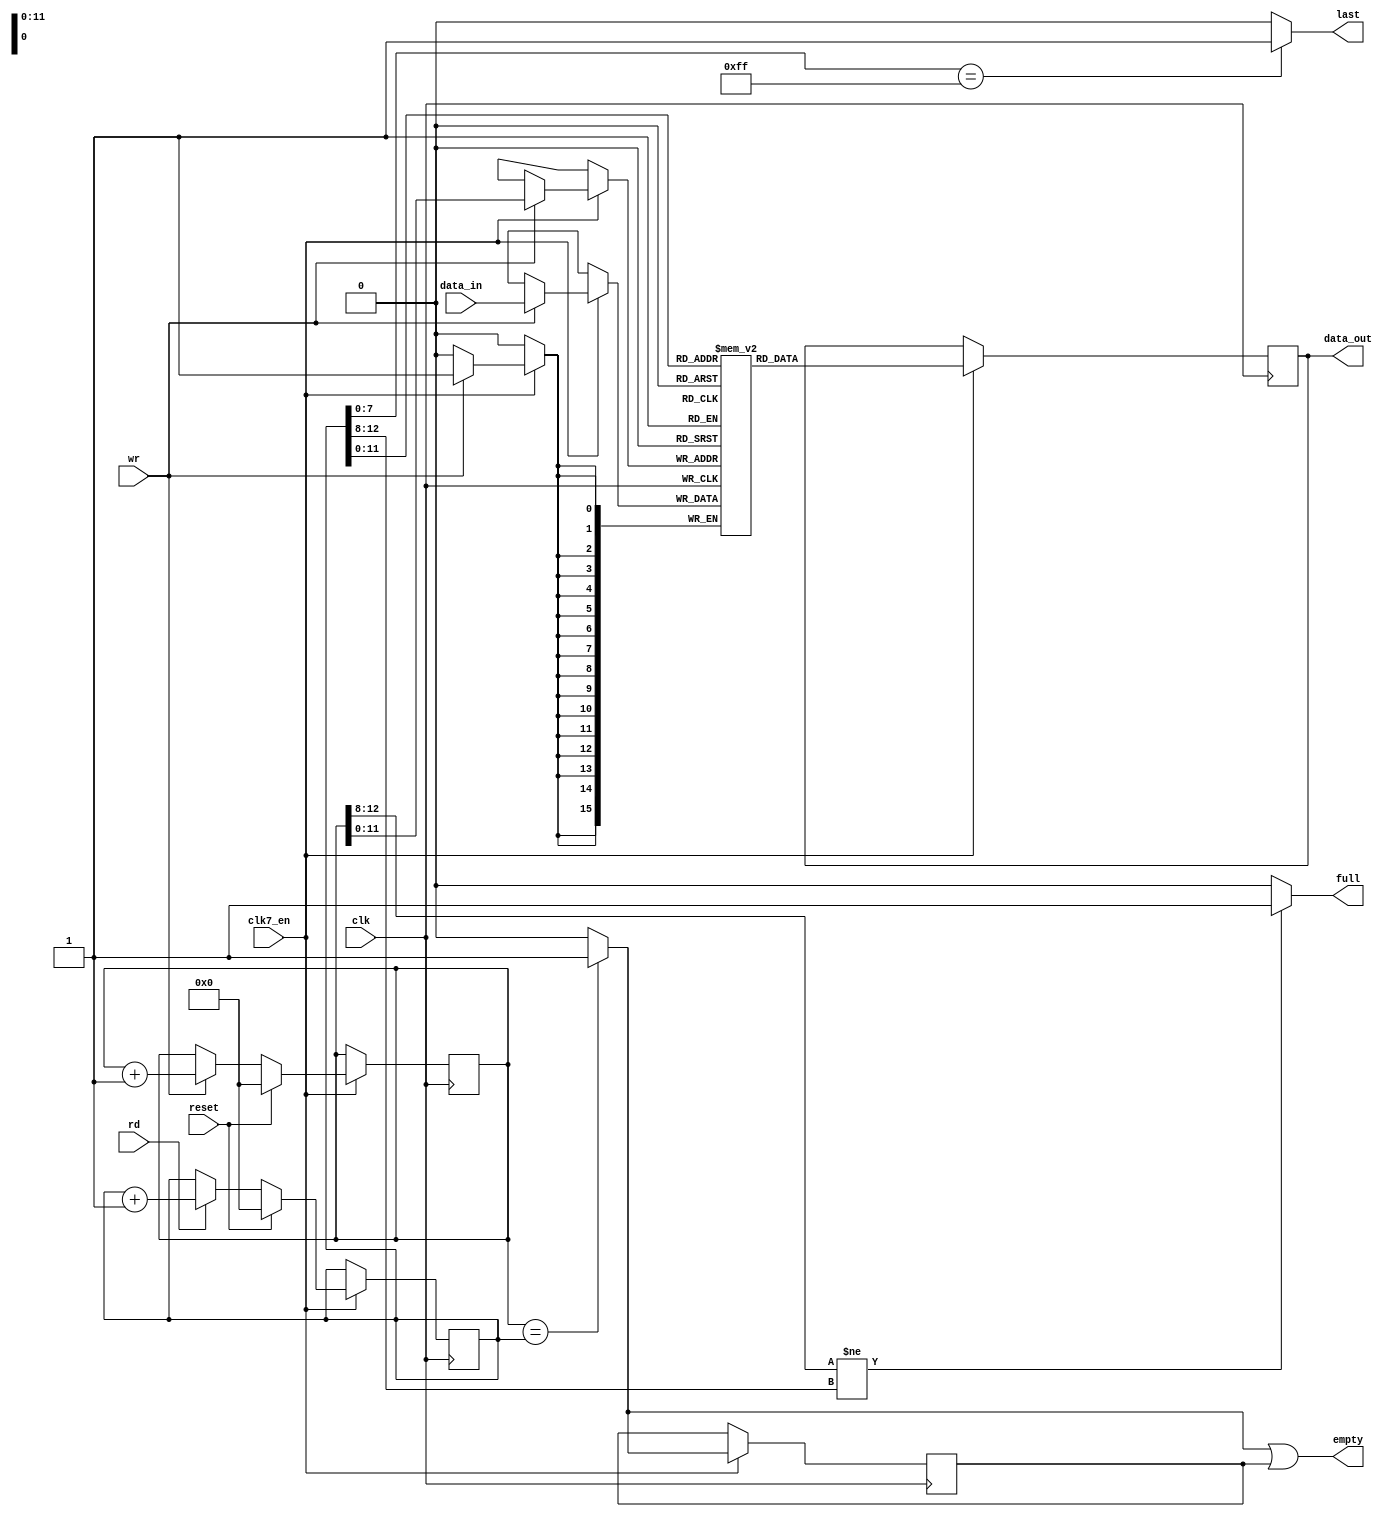
module gayle_fifo
(
	input 	clk,		    		// bus clock
  input clk7_en,
	input 	reset,			   		// reset 
	input	[15:0] data_in,			// data in
	output	reg [15:0] data_out,	// data out
	input	rd,						// read from fifo
	input	wr,						// write to fifo
	output	full,					// fifo is full
	output	empty,					// fifo is empty
	output	last					// the last word of a sector is being read
);

// local signals and registers
reg 	[15:0] mem [4095:0];		// 16 bit wide fifo memory
reg		[12:0] inptr;				// fifo input pointer
reg		[12:0] outptr;				// fifo output pointer
wire	empty_rd;					// fifo empty flag (set immediately after reading the last word)
reg		empty_wr;					// fifo empty flag (set one clock after writting the empty fifo)

// main fifo memory (implemented using synchronous block ram)
always @(posedge clk)
  if (clk7_en) begin
  	if (wr)
  		mem[inptr[11:0]] <= data_in;
  end
		
always @(posedge clk)
  if (clk7_en) begin
  	data_out <= mem[outptr[11:0]];
  end

// fifo write pointer control
always @(posedge clk)
  if (clk7_en) begin
  	if (reset)
  		inptr <= 12'd0;
  	else if (wr)
  		inptr <= inptr + 12'd1;
  end

// fifo read pointer control
always @(posedge clk)
  if (clk7_en) begin
  	if (reset)
  		outptr <= 0;
  	else if (rd)
  		outptr <= outptr + 13'd1;
  end

// the empty flag is set immediately after reading the last word from the fifo
assign empty_rd = inptr==outptr ? 1'b1 : 1'b0;

// after writting empty fifo the empty flag is delayed by one clock to handle ram write delay
always @(posedge clk)
  if (clk7_en) begin
  	empty_wr <= empty_rd;
  end

assign empty = empty_rd | empty_wr;

// at least 512 bytes are in FIFO 
// this signal is activated when 512th byte is written to the empty fifo
// then it's deactivated when 512th byte is read from the fifo (hysteresis)		
assign full = inptr[12:8]!=outptr[12:8] ? 1'b1 : 1'b0;	

assign last = outptr[7:0] == 8'hFF ? 1'b1 : 1'b0;	


endmodule